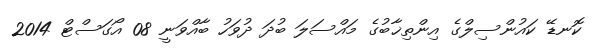
ކޮނޑޭ ކައުންސިލްގެ އިންތިޚާބުގެ މައްސަލަ ބުދަ ދުވަހު ބާއްވަނީ 08 އޯގަސްޓް 2014